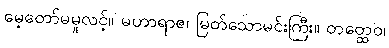
မေ့တော်မမူလင့်။ မဟာရာဇ၊ မြတ်သောမင်းကြီး။ တတ္ထေဝ၊